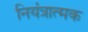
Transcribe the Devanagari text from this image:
नियंत्रात्मक